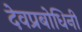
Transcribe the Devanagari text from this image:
देवप्रबोधिनी